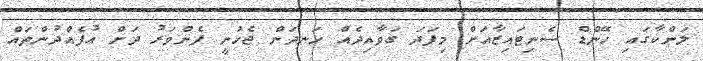
ލަންކާގައި ހޭންޑް ސެނިޓައިޒާއަށް މިފަދަ ގަވާއިދެއް ހަނދަން ޖެހުނީ ފެންވަރު ދަށް އުފެއްދުންތައް